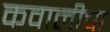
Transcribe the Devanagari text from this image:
कवालीचा